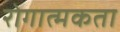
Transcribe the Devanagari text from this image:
रोगात्मकता